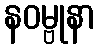
နဝမ္ဗုနာ